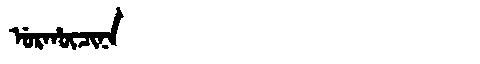
Manchu: ᡠᡵᡥᡡᠴᡳᠨᠠ
Romanization: URHŪCINA